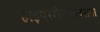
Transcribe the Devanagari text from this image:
हाइपररीफ्लेक्सिया